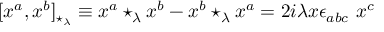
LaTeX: [ x ^ { a } , x ^ { b } ] _ { \star _ { \lambda } } \equiv x ^ { a } \star _ { \lambda } x ^ { b } - x ^ { b } \star _ { \lambda } x ^ { a } = 2 i \lambda x \epsilon _ { a b c } \ x ^ { c }